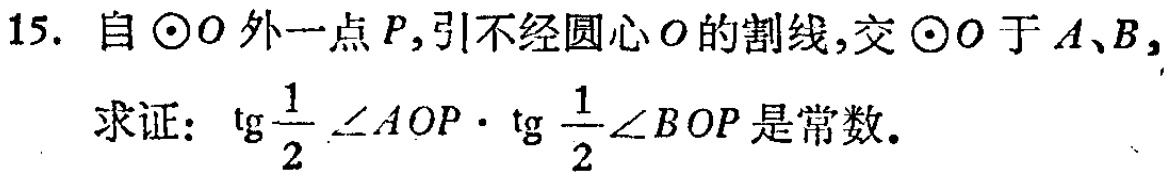
15. 自\(\odot O\)外一点\(P\)，引不经圆心\(O\)的割线，交\(\odot O\)于\(A、B\)，
求证：\(\mathrm{tg}\frac{1}{2}\angle AOP\cdot\mathrm{tg}\frac{1}{2}\angle BOP\)是常数。